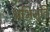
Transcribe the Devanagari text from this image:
अभिभूति